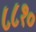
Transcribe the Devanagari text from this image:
८८१०